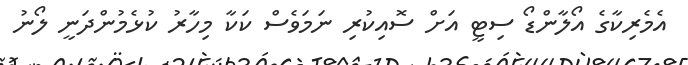
އެމެރިކާގެ އޯލާންޑޯ ސިޓީ އަށް ސޮއިކުރި ނަމަވެސް ކަކާ މިހާރު ކުޅެމުންދަނީ ލޯނު